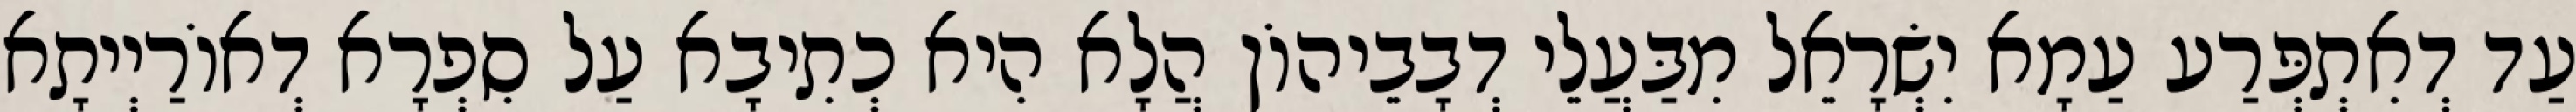
עַד דְאִתְפְּרַע עַמָא יִשְׂרָאֵל מִבַּעֲלֵי דְבָבֵיהוֹן הֲלָא הִיא כְתִיבָא עַל סִפְרָא דְאוֹרַיְיתָא